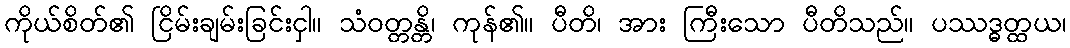
ကိုယ်စိတ်၏ ငြိမ်းချမ်းခြင်းငှါ။ သံဝတ္တန္တိ၊ ကုန်၏။ ပီတိ၊ အား ကြီးသော ပီတိသည်။ ပဿဒ္ဓတ္ထယ၊